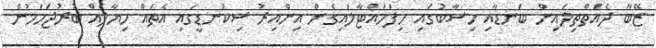
ޒޭބާ ދެއަތްތިލައިން ބަނޑާއި ހިސާބުގައި ހިފަހައްޓާލައިގެން އިންއިރު ސިކުނޑީގައި އެތައް ހިޔާލެއް ބުރުޖަހަމުން